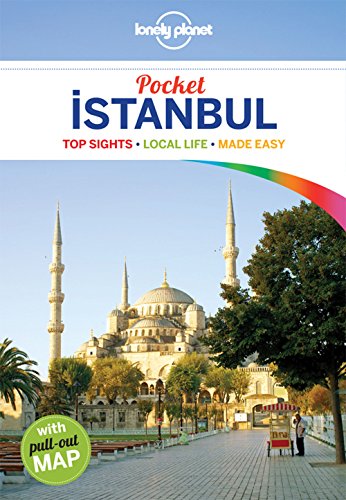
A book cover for Lonely Planet Pocket Istanbul (Travel Guide); Lonely Planet; Travel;